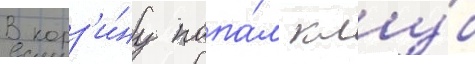
В корз'и́ну попа́л клу́б